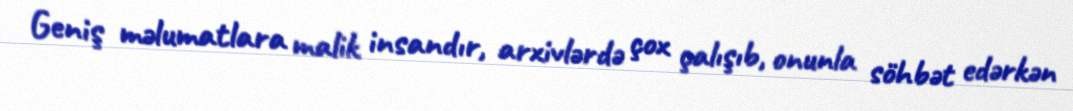
Geniş məlumatlara malik insandır, arxivlərdə çox çalışıb, onunla söhbət edərkən